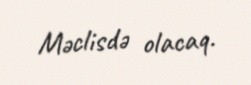
Məclisdə olacaq.